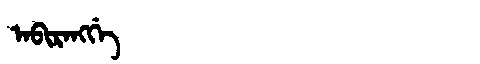
Manchu: ᠠᠪᡳᡵᠠᠩᡤᡝ
Romanization: ABIRANGGE